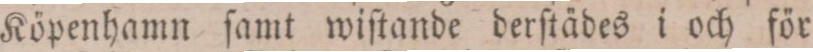
Köpenhamn ſamt wiſtande derſtädes i och för